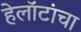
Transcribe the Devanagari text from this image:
हेलॉटांचा